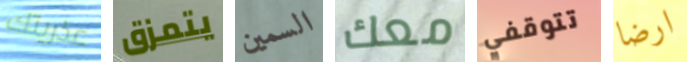
عذريتك يتمزق السمين معك تتوقفي ارضا